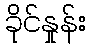
ခိုင်နှုန်း